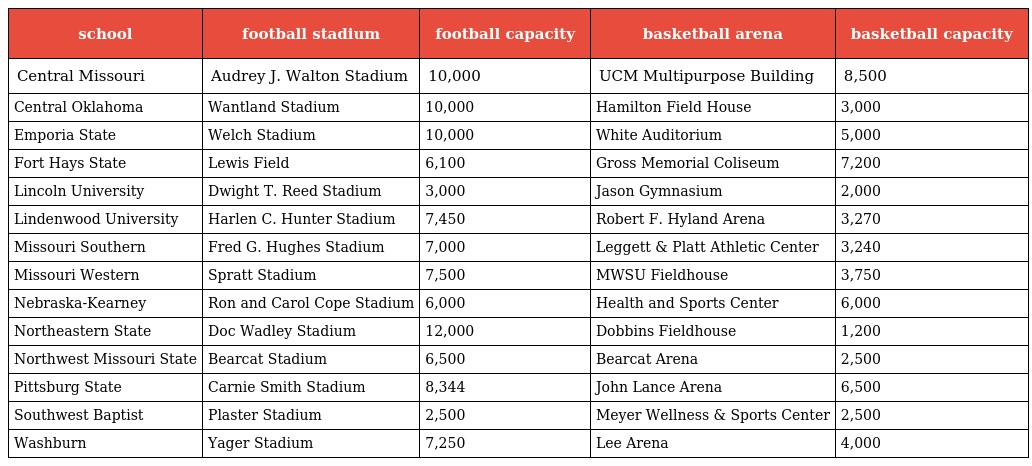
| school | football stadium | football capacity | basketball arena | basketball capacity |
 | --- | --- | --- | --- | --- |
 | Central Missouri | Audrey J. Walton Stadium | 10,000 | UCM Multipurpose Building | 8,500 |
 | Central Oklahoma | Wantland Stadium | 10,000 | Hamilton Field House | 3,000 |
 | Emporia State | Welch Stadium | 10,000 | White Auditorium | 5,000 |
 | Fort Hays State | Lewis Field | 6,100 | Gross Memorial Coliseum | 7,200 |
 | Lincoln University | Dwight T. Reed Stadium | 3,000 | Jason Gymnasium | 2,000 |
 | Lindenwood University | Harlen C. Hunter Stadium | 7,450 | Robert F. Hyland Arena | 3,270 |
 | Missouri Southern | Fred G. Hughes Stadium | 7,000 | Leggett & Platt Athletic Center | 3,240 |
 | Missouri Western | Spratt Stadium | 7,500 | MWSU Fieldhouse | 3,750 |
 | Nebraska-Kearney | Ron and Carol Cope Stadium | 6,000 | Health and Sports Center | 6,000 |
 | Northeastern State | Doc Wadley Stadium | 12,000 | Dobbins Fieldhouse | 1,200 |
 | Northwest Missouri State | Bearcat Stadium | 6,500 | Bearcat Arena | 2,500 |
 | Pittsburg State | Carnie Smith Stadium | 8,344 | John Lance Arena | 6,500 |
 | Southwest Baptist | Plaster Stadium | 2,500 | Meyer Wellness & Sports Center | 2,500 |
 | Washburn | Yager Stadium | 7,250 | Lee Arena | 4,000 |